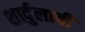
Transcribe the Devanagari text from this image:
शार्दुलाची